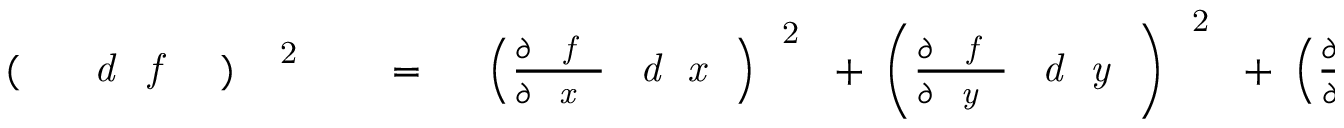
\begin{array} { r l r } { \mathrm { ~ \, ~ ( ~ \, ~ } \mathrm { ~ \it ~ \/ ~ d ~ \, ~ f ~ \/ ~ } \mathrm { ~ \, ~ ) ~ } ^ { \mathrm { ~ \, ~ 2 ~ \/ ~ } } } & { { } \mathrm { ~ \ = ~ \ } } & { \left( { \frac { \partial \, \mathrm { ~ \it ~ f ~ \/ ~ } } { \partial \mathrm { ~ \it ~ x ~ \/ ~ } } } \, \mathrm { ~ \it ~ d ~ \/ ~ x ~ \/ ~ } \right) ^ { \mathrm { ~ \/ ~ 2 ~ } } \mathrm { ~ + ~ } \left( { \frac { \partial \, \mathrm { ~ \it ~ f ~ \/ ~ } } { \partial \mathrm { ~ \it ~ y ~ \/ ~ } } } \, \mathrm { ~ \it ~ d ~ \/ ~ y ~ \/ ~ } \right) ^ { \mathrm { ~ \/ ~ 2 ~ } } \mathrm { ~ + ~ } \left( { \frac { \partial \, \mathrm { ~ \it ~ f ~ \/ ~ } } { \partial \mathrm { ~ \it ~ z ~ \/ ~ } } } \, \mathrm { ~ \it ~ d ~ \/ ~ z ~ \/ ~ } \right) ^ { \mathrm { ~ \/ ~ 2 ~ } } \mathrm { ~ \ . ~ } } \end{array}